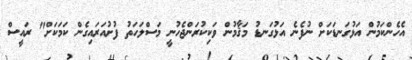
އެހެންކަމުން އަޅުގަނޑަކަށް ނުފެނެ އަޅުގަނޑު މަޤާމުން ވަކިކުރަންޖެހުނީ މަސްލަހަތު ފުށުއަރައިގެން ކަމަކަށް" ރައީސް